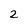
Character: 2